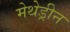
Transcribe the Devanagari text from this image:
मेथेड्रीन